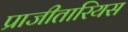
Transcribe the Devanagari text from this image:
प्राजीतारियस